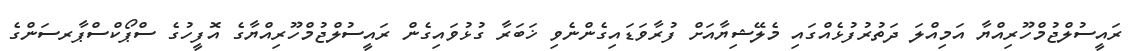
ރައީސުލްޖުމްހޫރިއްޔާ އަމިއްލަ ދަތުރުފުޅެއްގައި މެލޭޝިޔާއަށް ފުރާވަޑައިގެންނެވި ޚަބަރާ ގުޅުވައިގެން ރައީސުލްޖުމްހޫރިއްޔާގެ އޮފީހުގެ ސްޕޯކްސްޕާރސަންގެ